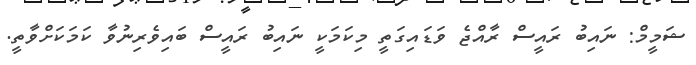
ޝަމީމް: ނައިބު ރައީސް ރާއްޖެ ވަޑައިގަތީ މިކަމަކީ ނައިބު ރައީސް ބައިވެރިނުވާ ކަމަކަށްވާތީ.